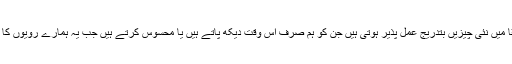
لیکن معاشرتی ارتقأ میں نئی چیزیں بتدریج عمل پذیر ہوتی ہیں جن کو ہم صرف اس وقت دیکھ پاتے ہیں یا محسوس کرتے ہیں جب یہ ہمارے رویوں کا حصہ بن جاتی ہیں۔